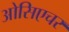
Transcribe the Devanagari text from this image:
ओसिएचर